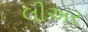
લીઅર